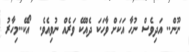
ނޫން.. އަދިވެސް ނުހާ އަކަށް ވާހަކަ ދެއްކޭ ވަރެއް ނުވިއެވެ.  އޯކޭ..މިހާރު